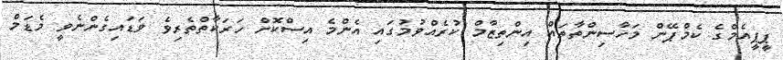
ޕީޕީއެމްގެ ކެމްޕޭން މަހާސިންތާތައް އިންތިޒާމް ކުރެއްވުމުގައި އެންމެ އިސްކޮށް ހަރަކާތްތެރިވެ ވަޑައިގެންނެވީ މެޑަމް